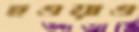
হওয়াও